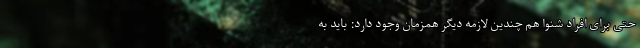
حتی برای افراد شنوا هم چندین لازمه دیگر همزمان وجود دارد: باید به